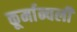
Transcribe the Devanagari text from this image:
कूर्मान्चली